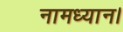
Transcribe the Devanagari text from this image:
नामध्यान।